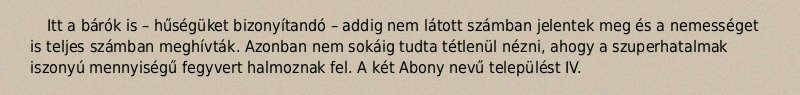
Itt a bárók is – hűségüket bizonyítandó – addig nem látott számban jelentek meg és a nemességet is teljes számban meghívták. Azonban nem sokáig tudta tétlenül nézni, ahogy a szuperhatalmak iszonyú mennyiségű fegyvert halmoznak fel. A két Abony nevű települést IV.